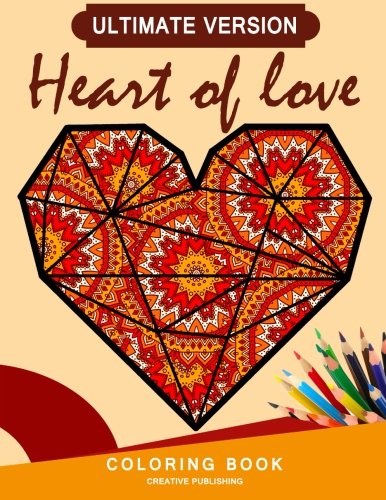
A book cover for Ultimate Version Heart of Love: Creative Publishing - The Best Coloring Books For Adults (Volume 13); Coloring Books For Adults; Arts & Photography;